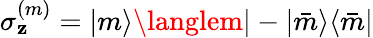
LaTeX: \sigma_{\mathbf{z}}^{(m)}=|m\rangle\langlem|-|\bar{{m}}\rangle\langle\bar{{m}}|